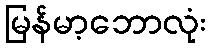
မြန်မာ့ဘောလုံး